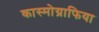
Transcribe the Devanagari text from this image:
कास्मोग्राफिया